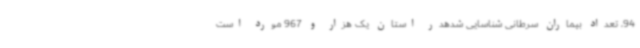
94، تعداد بیماران سرطانی شناسایی شدهدر استان یک هزار و 967 مورد است